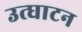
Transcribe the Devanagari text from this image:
उत्घाटन